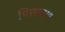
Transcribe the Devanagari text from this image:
पित्तहरण